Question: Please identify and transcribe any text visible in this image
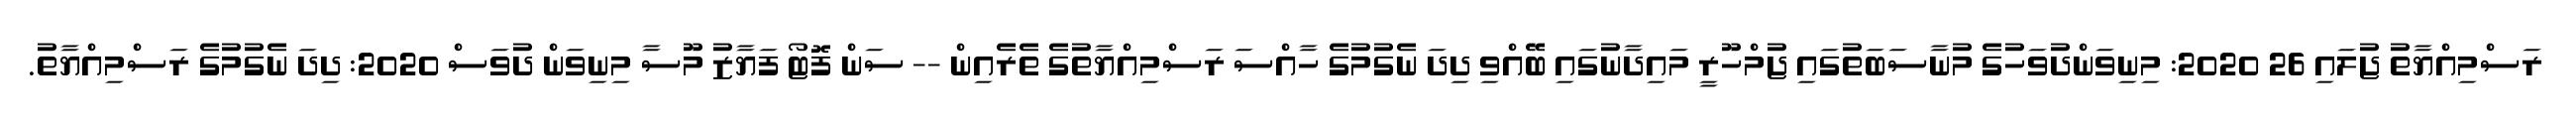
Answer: ރަސްމިއްޔާތު ޖުލައި 26 2020: މިނިވަންދުވަހުގެ މުނާސަބަތުގައި ޖުމްހޫރީ މައިދާނުގައި ބޭއްވި ދިދަ ނެގުމުގެ ހާއްސަ ރަސްމިއްޔާތުގެ ތެރެއިން -- ސަން ފޮޓޯ ފަޔާޒު މޫސާ މިނިވަން ދުވަސް 2020: ދިދަ ނެގުމުގެ ރަސްމިއްޔާތު.